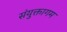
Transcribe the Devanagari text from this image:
संयुक्तागम